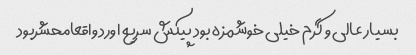
بسیار عالی و گرم خیلی خوشمزه بود پیکش سریع اورد واقعامحشربود